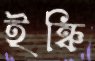
ইঞ্চি